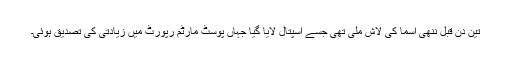
تین دن قبل ننھی اسما کی لاش ملی تھی جسے اسپتال لایا گیا جہاں پوسٹ مارٹم رپورٹ میں زیادتی کی تصدیق ہوئی۔